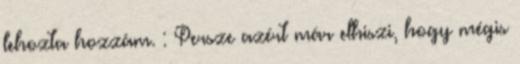
lehozta hozzám. : Persze azért már elhiszi, hogy mégis